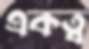
একত্ব